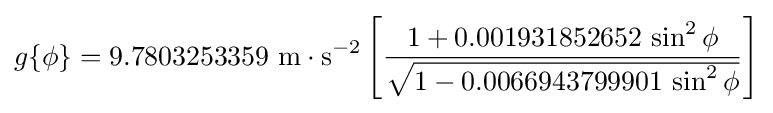
g\{\phi \}=9.7803253359\,\,\mathrm {m} \cdot \mathrm {s} ^{-2}\left[{\frac {1+0.001931852652\,\sin ^{2}\phi }{\sqrt {1-0.0066943799901\,\sin ^{2}\phi }}}\right]